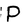
Character: P